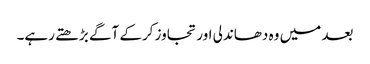
بعد میں وہ دھاندلی اور تجاوز کرکے آگے بڑھتے رہے۔